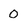
Character: 0